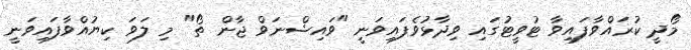
މޯދީ ކުރައްވާފައިވާ ޓުވީޓުގައި ވިދާޅުވެފައިވަނީ "ވައިޝްނަވް ޖާން ތޯ" މި ލަވަ ކިޔުއްވާފައިވަނީ